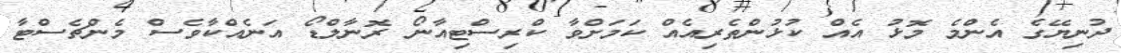
ދުނިޔޭގެ އެންމެ މޮޅު އެއް ކުޅުންތެރިއެއް ކަމަށްވާ ކްރިސްޓިއާނޯ ރޮނާލްޑޯ އަނެއްކާވެސް މެންޗެސްޓާ